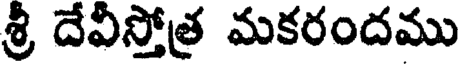
శ్రీ దేవీస్తోత్ర మకరందము